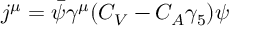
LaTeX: j ^ { \mu } = \bar { \psi } \gamma ^ { \mu } ( C _ { V } - C _ { A } \gamma _ { 5 } ) \psi